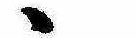
ゝ